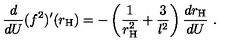
\frac { d } { d U } ( f ^ { 2 } ) ^ { \prime } ( r _ { \mathrm { \tiny H } } ) = - \left( \frac { 1 } { r _ { \mathrm { \tiny H } } ^ { 2 } } + \frac { 3 } { l ^ { 2 } } \right) \frac { d r _ { \mathrm { \tiny H } } } { d U } \ .